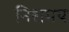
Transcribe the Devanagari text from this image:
निशमय